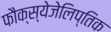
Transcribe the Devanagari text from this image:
फौक्स्येजेलिप्तिक